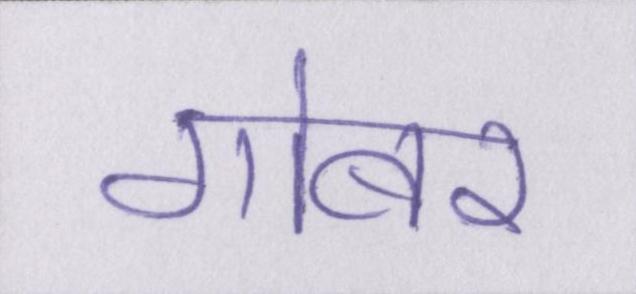
गोबर